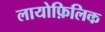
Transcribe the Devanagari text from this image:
लायोफ़िलिक